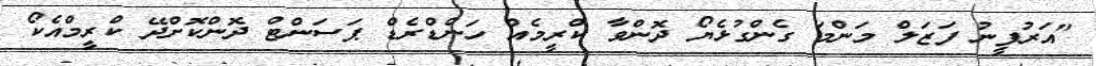
"އަރުފީނު ފަޒަލް މަންމަ ގެންގުޅެޔޯ ދޮންވާ ކްރީމެއް ހަންޑްރެޑް ޕަސަންޓް ދޮންކޮށްދޭ ކްރީމްއެކޯ